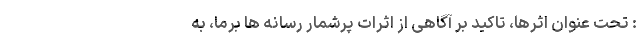
: تحت عنوان اثرها، تاکید بر آگاهی از اثرات پرشمار رسانه ها برما، به